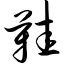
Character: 鞋